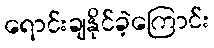
ရောင်းချနိုင်ခဲ့ကြောင်း